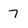
Character: 7